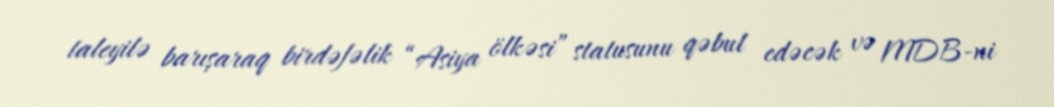
taleyilə barışaraq birdəfəlik “Asiya ölkəsi” statusunu qəbul edəcək və MDB-ni